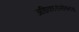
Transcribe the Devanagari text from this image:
अधिकारांसोबतच